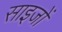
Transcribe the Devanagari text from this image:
साइजों